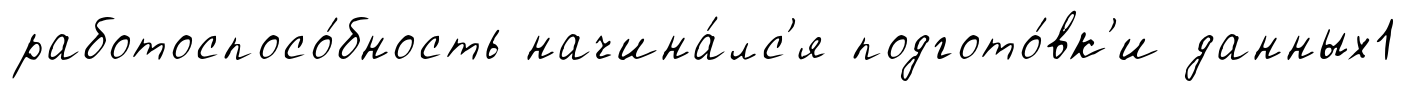
работоспосо́бность начина́лс'я подгото́вк'и данных1